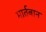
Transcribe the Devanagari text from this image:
मार्तबान